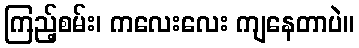
ကြည့်စမ်း၊ ကလေးလေး ကျနေတာပဲ။